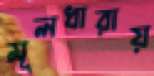
মূলধারায়